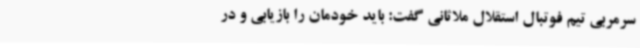
سرمربی تیم فوتبال استقلال ملاثانی گفت: باید خودمان را بازیابی و در